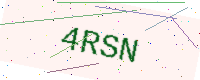
Text: 4RSN